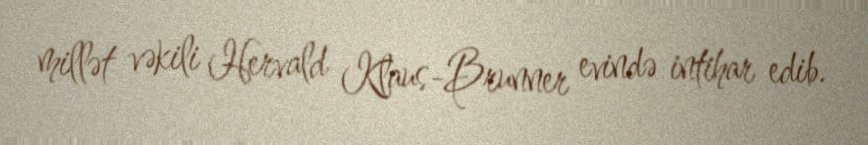
millət vəkili Hervald Klaus-Brunner evində intihar edib.